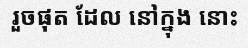
រួចផុត ដែល នៅក្នុង នោះ